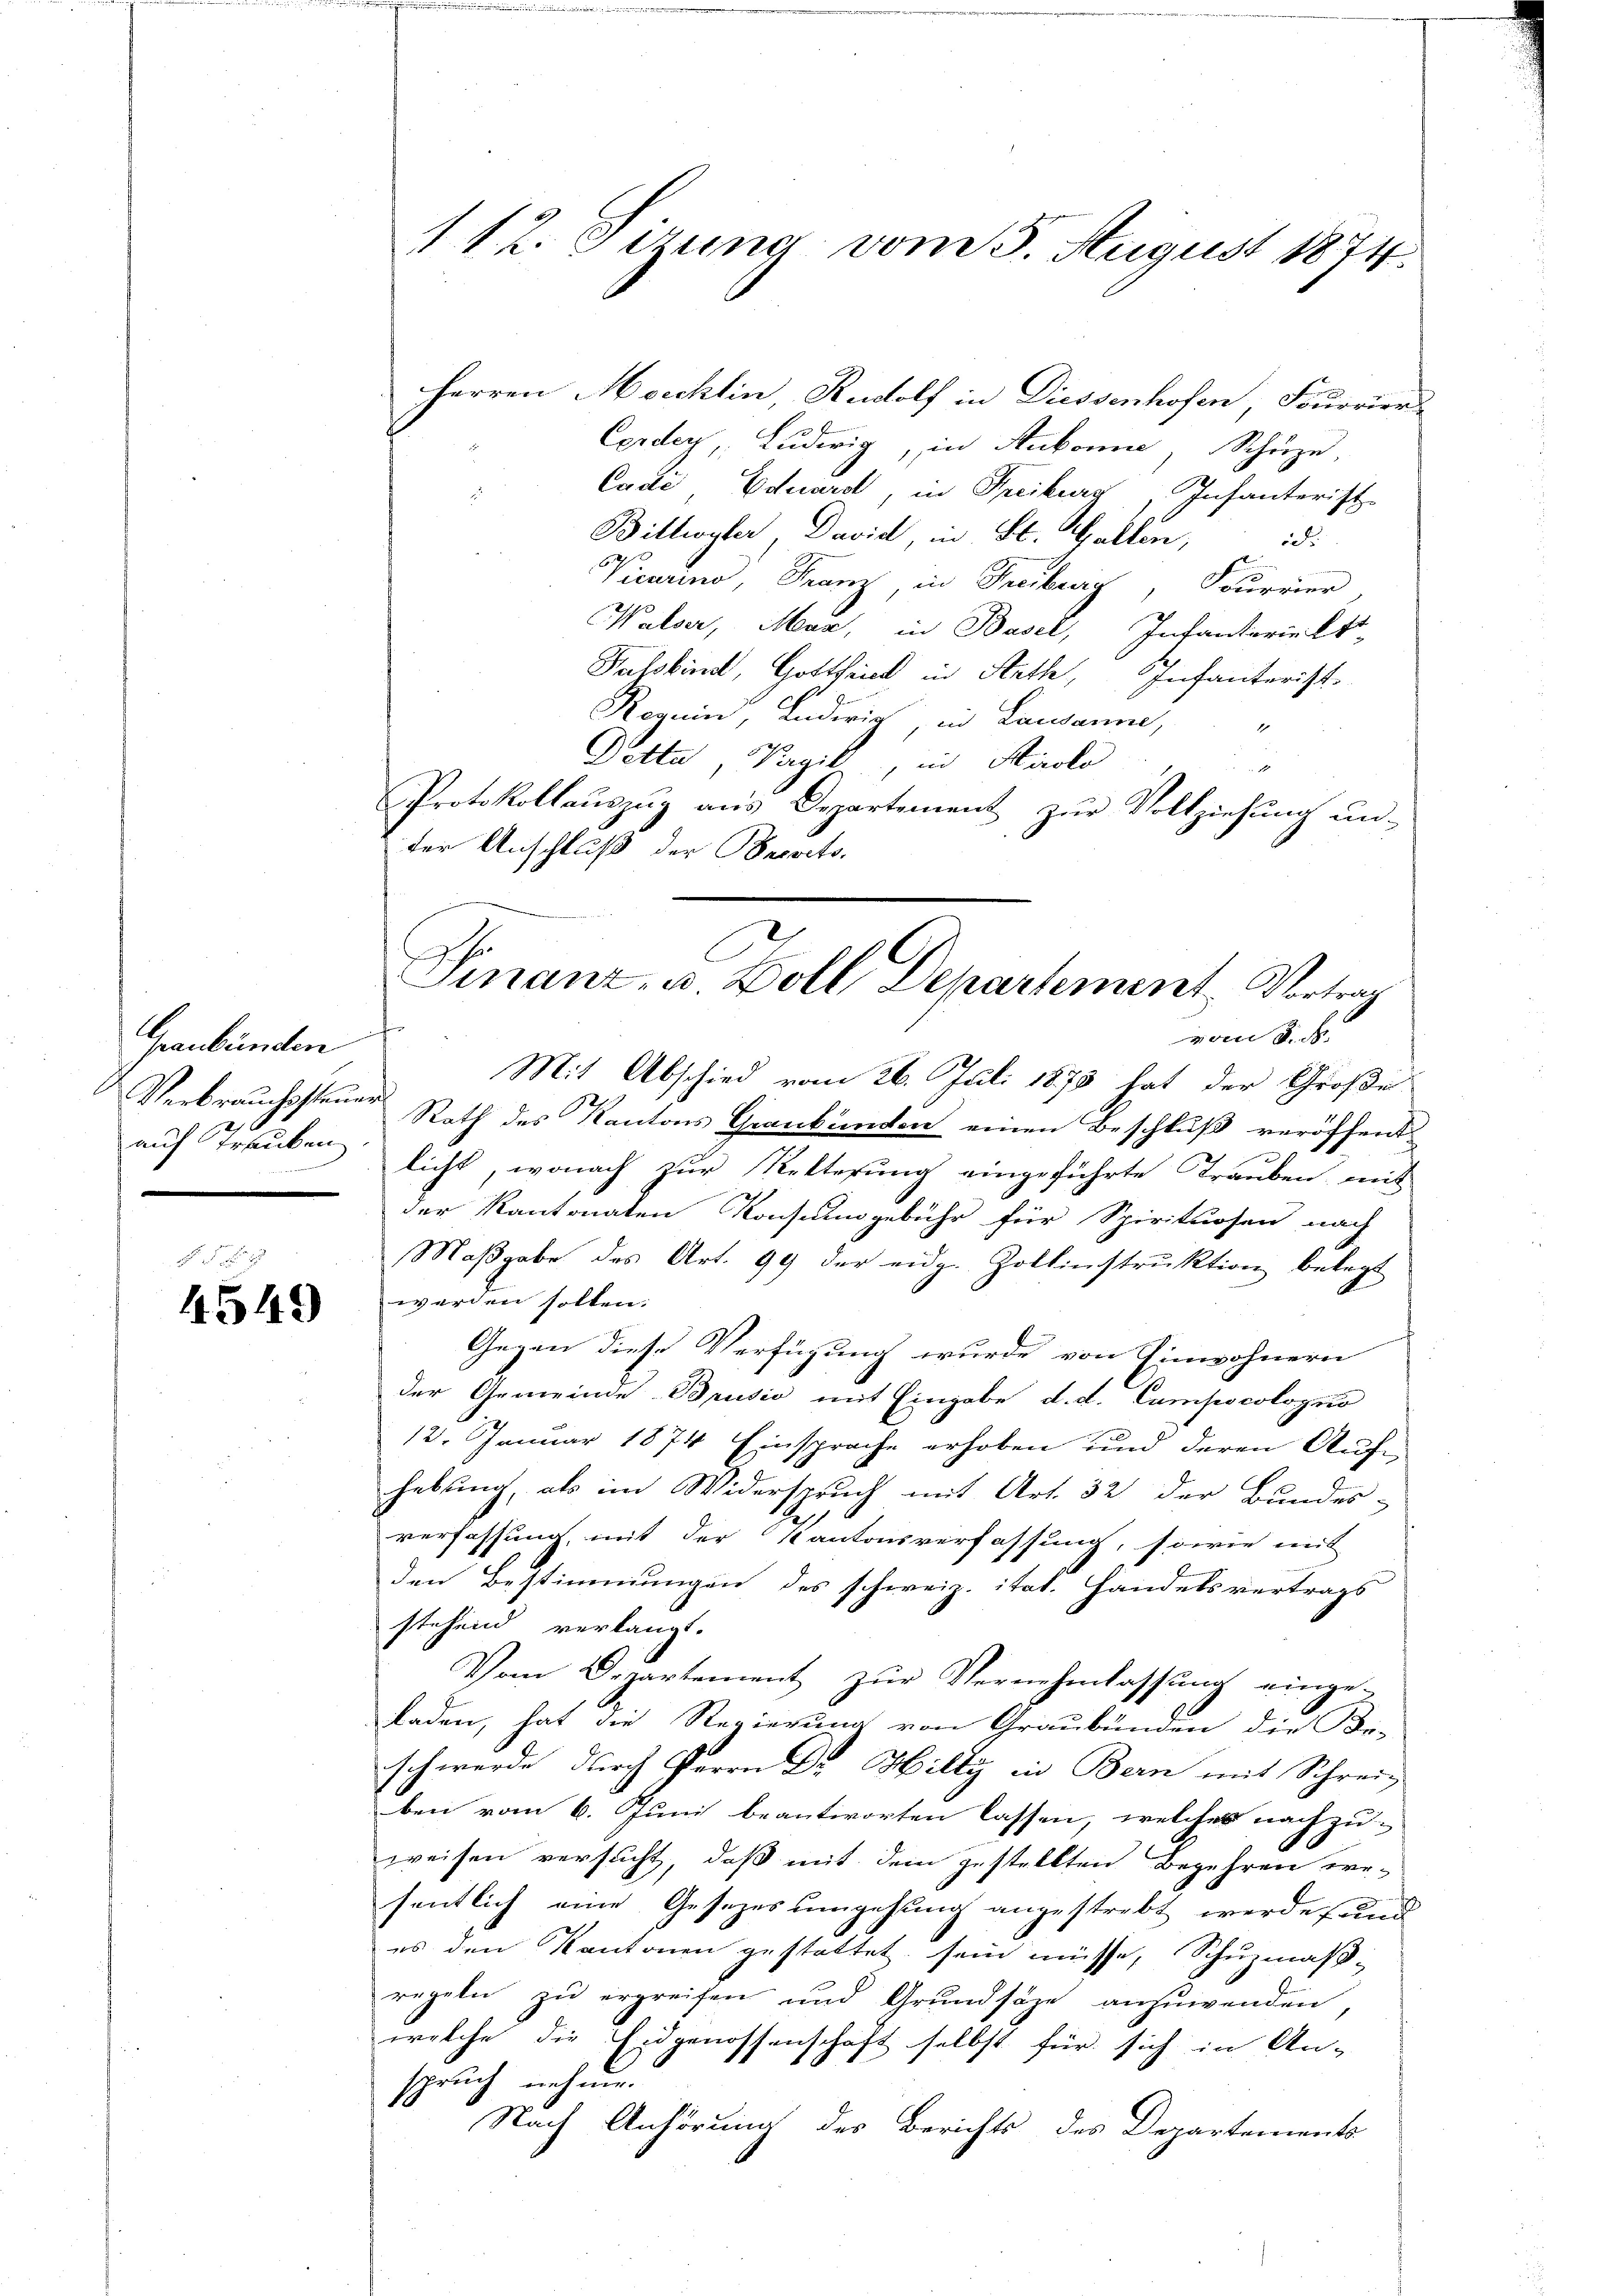
Graubünden
Verbrauchssteuer
auf Trauben
cienningeren ein dem einer
m

§ 5
4549

112. Sizung vom 3. August 1874.

Cade, Eduard, in Freiburg, Infanterist
Billwyler, David in St. Gallen, 18:
Vicarino, Franz, in Freiburg, Fourrier
Walser, Mar, in Basel, Infanterielt
Pabskind, Gottfried in Rath, Infanterist.
Regnin, Anderig in Lausanne,
1
Detta, Pagil, in Hirolo
1
Protokollauszug aus Departement zur Vollziehung un-
der Anschluß der Bonpocto-

Herren Morcklin Rudolf in Diessenhofen, Fourrier-
Cordey, Ludwig, in Aubonne, Schüze,

t
vom 3. F
Mit Abschied vom 26. Juli 1875 hat der Große
Rath des Kantons Grankunden einen Beschluß veröffent

licht, wonach zur Retterung eingeführte Trauben, mit
der Kantonaten Konsungebühr für Spirituosen nach
Maßgabe des Art. 99 der eidg. Zollinstruktion belegt
werden sollen:
Gegen diese Verfügung wurde von Einwohnern
der Gemeinde Brusio mit Eingabe d. d. Campocologno
12. Januar 1874 Einsprache erhoben und deren Aufhebung, als im Widerspruch mit Art. 32 der Bundes-
verfassung, mit der Kantonsverfassung, sowie mit
den Bestimmungen des schweiz. itat. Handelsvertrags
stehend verlangt.
Vom Departement zŭr Vernehmlassŭng einge-
laden, hat die Regierung von Graubünden die Be-
schwerde durch Herrn Dr. Hilty in Bern mit Schrei-
ben vom 6. Juni beantworten lassen, welches nachzu-
weisen versucht, daß mit dem gestellten Begehren er-
sentlich eine Gesetzes umgehung angestrebt werde und
es den Kantonen gestattet sein müsse, Schuzmaß-
regeln zu ergreifen und Grundsätze anzuwenden,
welche die Eidgenossenschaft selbst für sich in An-
spruch nehme.
Nach Anhörung des Berichts des Departements

e
Sinanz- u. Boll Departement, Vortrag